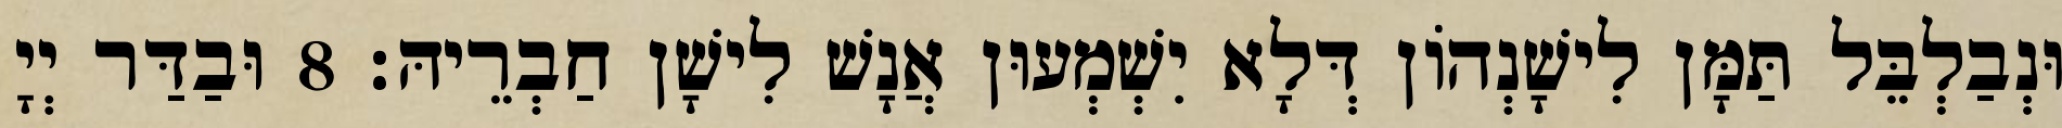
וּנְבַלְבֵּל תַּמָּן לִישָׁנְהוֹן דְּלָא יִשְׁמְעוּן אֲנָשׁ לִישָׁן חַבְרֵיהּ׃ 8 וּבַדַּר יְיָ